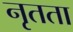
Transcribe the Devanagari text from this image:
नृतता